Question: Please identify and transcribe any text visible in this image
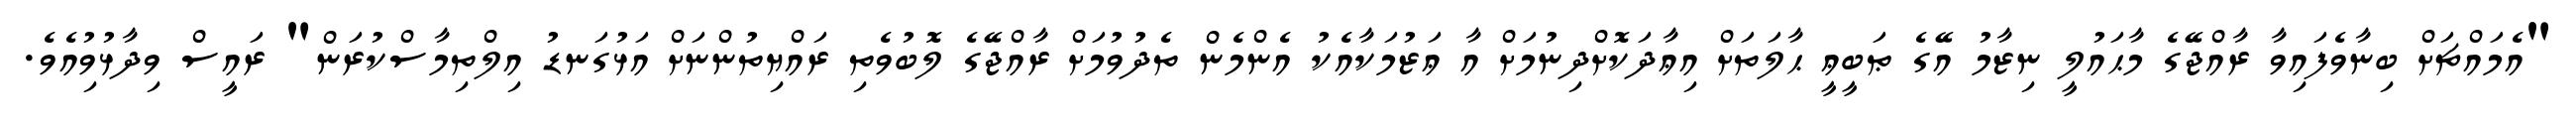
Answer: "އެމައްޗަށް ބިނާވެފައިވާ ރާއްޖޭގެ މާޙައުލީ ނިޒާމު އޭގެ ޠަބީޢީ ޙާލަތަށް އިޢާދަކޮށްދިނުމަށް އާ ޢަޒުމަކާއެކު އެންމެން ތެދުވުމަށް ރާއްޖޭގެ ލޮބުވެތި ރައްޔިތުންނަށް އަޅުގަނޑު އިލްތިމާސްކުރަން" ރައީސް ވިދާޅުވުިއެވެ.